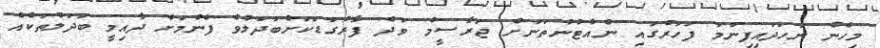
މިހެން ނަހަދައިފިނަމަ ފަހަރުގައި ނެއްޓުނުތަނަށް ޖަރާސީމު ވަދެ ފާރުގަޑަކަށްބަދަލުވެ ފެނުމަށް ދާއިމީ ބަދަލުތަކެއް